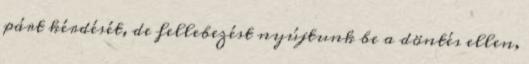
párt kérdését, de fellebezést nyújtunk be a döntés ellen,